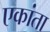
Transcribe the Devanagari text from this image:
एकांता